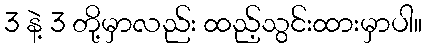
3 နဲ့ 3 တို့မှာလည်း ထည့်သွင်းထားမှာပါ။